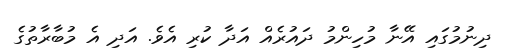
ދިނުމުގައި އޭނާ މުހިންމު ދައުރެއް އަދާ ކުރި އެވެ. އަދި އެ މުބާރާތުގެ